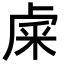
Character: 𥹐